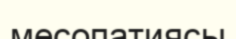
месопатиясы